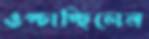
ওপ্‌চাচ্ছিলেন